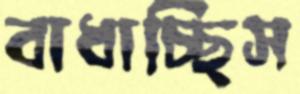
বাধাচ্ছিস